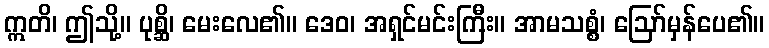
ဣတိ၊ ဤသို့။ ပုစ္ဆိ၊ မေးလေ၏။ ဒေဝ၊ အရှင်မင်းကြီး။ အာမသစ္စံ၊ ဩော်မှန်ပေ၏။